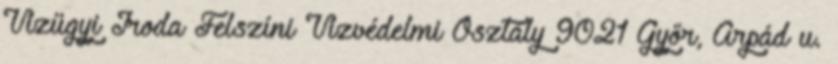
Vízügyi Iroda Felszíni Vízvédelmi Osztály 9021 Győr, Árpád u.